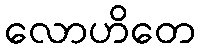
လောဟိတေ